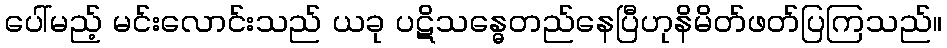
ပေါ်မည့် မင်းလောင်းသည် ယခု ပဋိသန္ဓေတည်နေပြီဟုနိမိတ်ဖတ်ပြကြသည်။